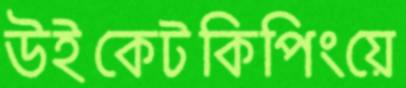
উইকেটকিপিংয়ে